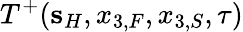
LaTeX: T^{+}({\mathbf s}_{H},x_{3,F},x_{3,S},\tau)